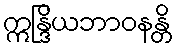
ဣန္ဒြိယဘာဝနန္တိ